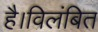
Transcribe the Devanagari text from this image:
है।विलंबित